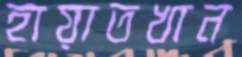
হায়াতখান